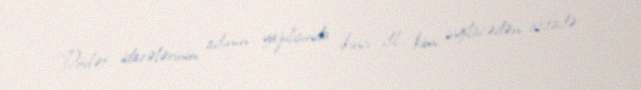
Dövlət idarələrinin adının yazılışında ikinci dil kimi ingiliscədən istifadə